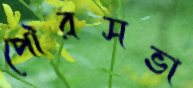
পৌরসভা